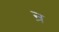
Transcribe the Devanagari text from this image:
न्र